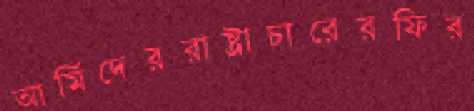
আর্মিদেররাষ্ট্রাচারেরফির